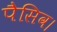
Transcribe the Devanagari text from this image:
पैसिव।